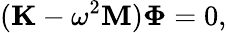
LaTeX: (\mathbf{K}-\mathbf{\omega}^{2}\mathbf{M})\mathbf{\Phi}=0,